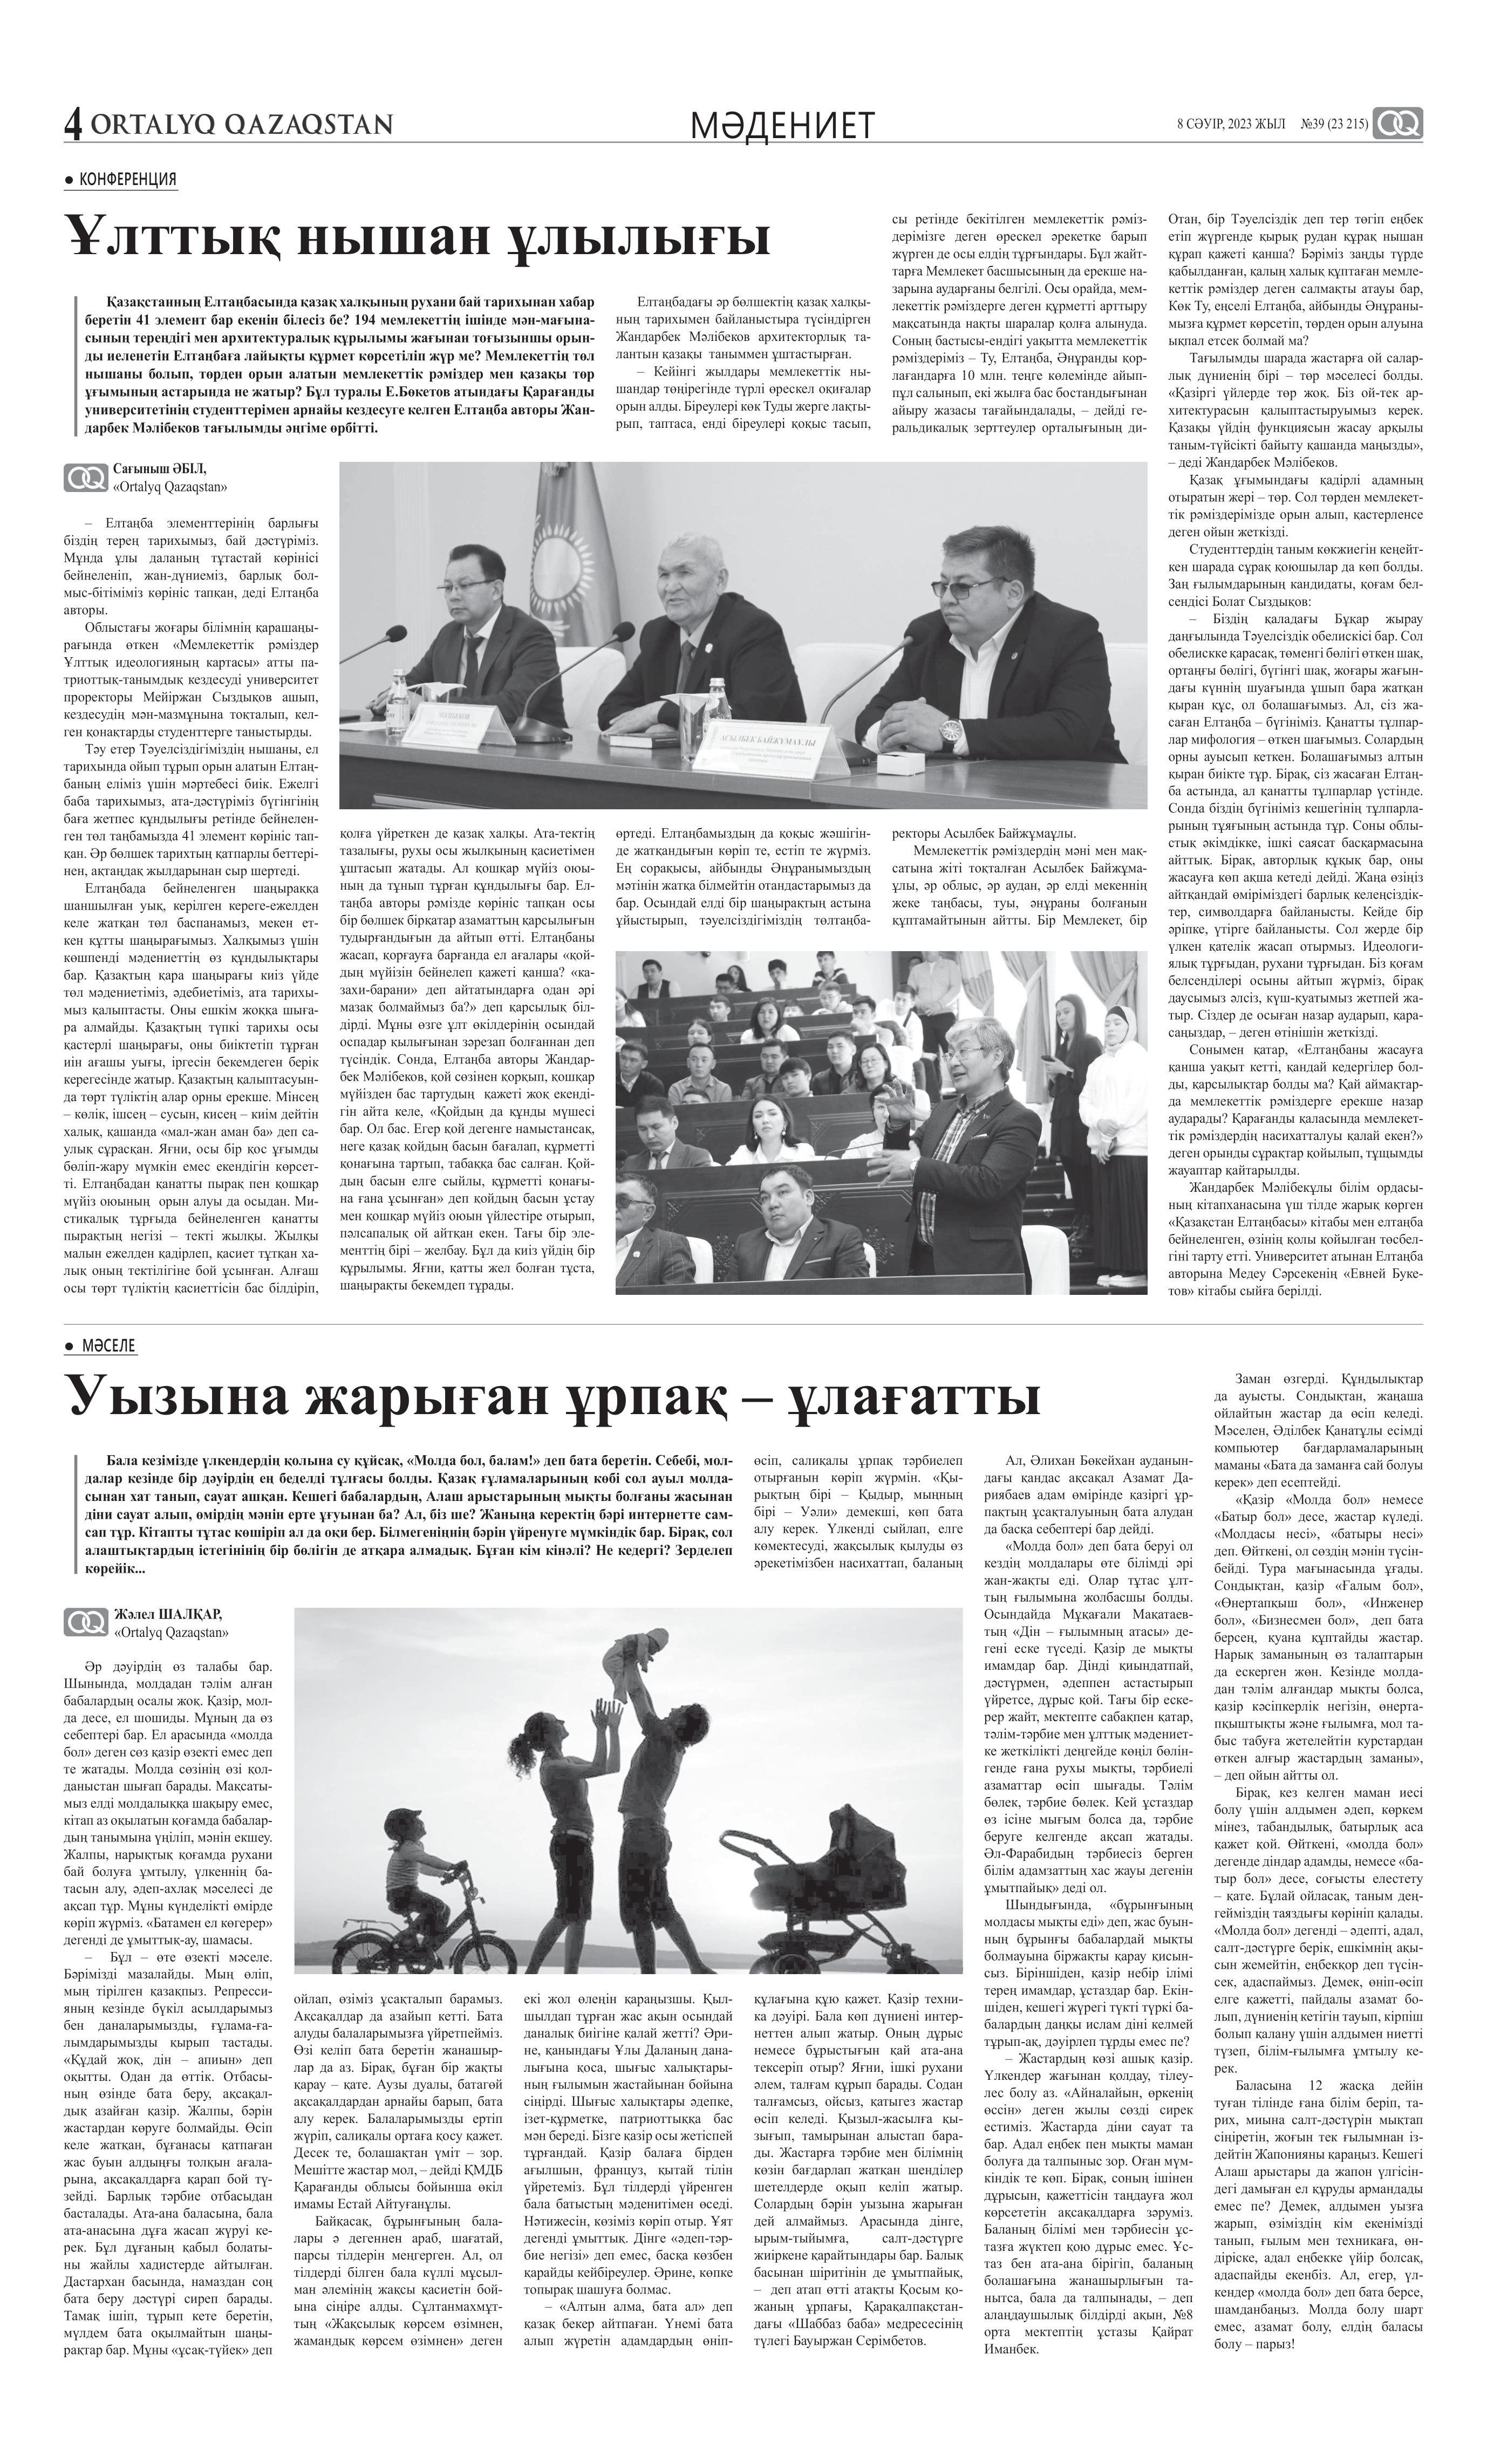
Language: kk